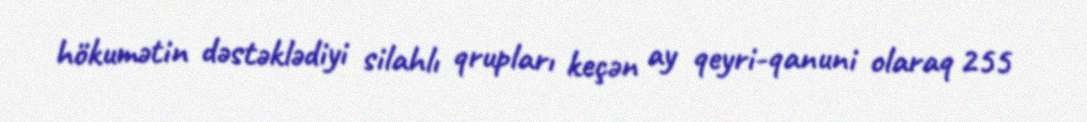
hökumətin dəstəklədiyi silahlı qrupları keçən ay qeyri-qanuni olaraq 255